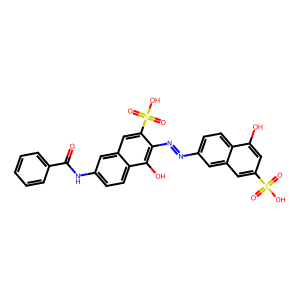
SMILES: O=C(Nc1ccc2c(O)c(N=Nc3ccc4c(O)cc(S(=O)(=O)O)cc4c3)c(S(=O)(=O)O)cc2c1)c1ccccc1
Inhibits HIV replication: Yes